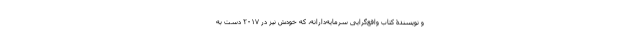
و نویسندۀ کتاب واقع‌گرایی سرمایه‌دارانه، که خودش نیز در ۲۰۱۷ دست به